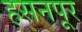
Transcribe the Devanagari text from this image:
हसनपूर